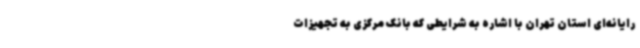
رایانه‌ای استان تهران با اشاره به شرایطی که بانک مرکزی به تجهیزات